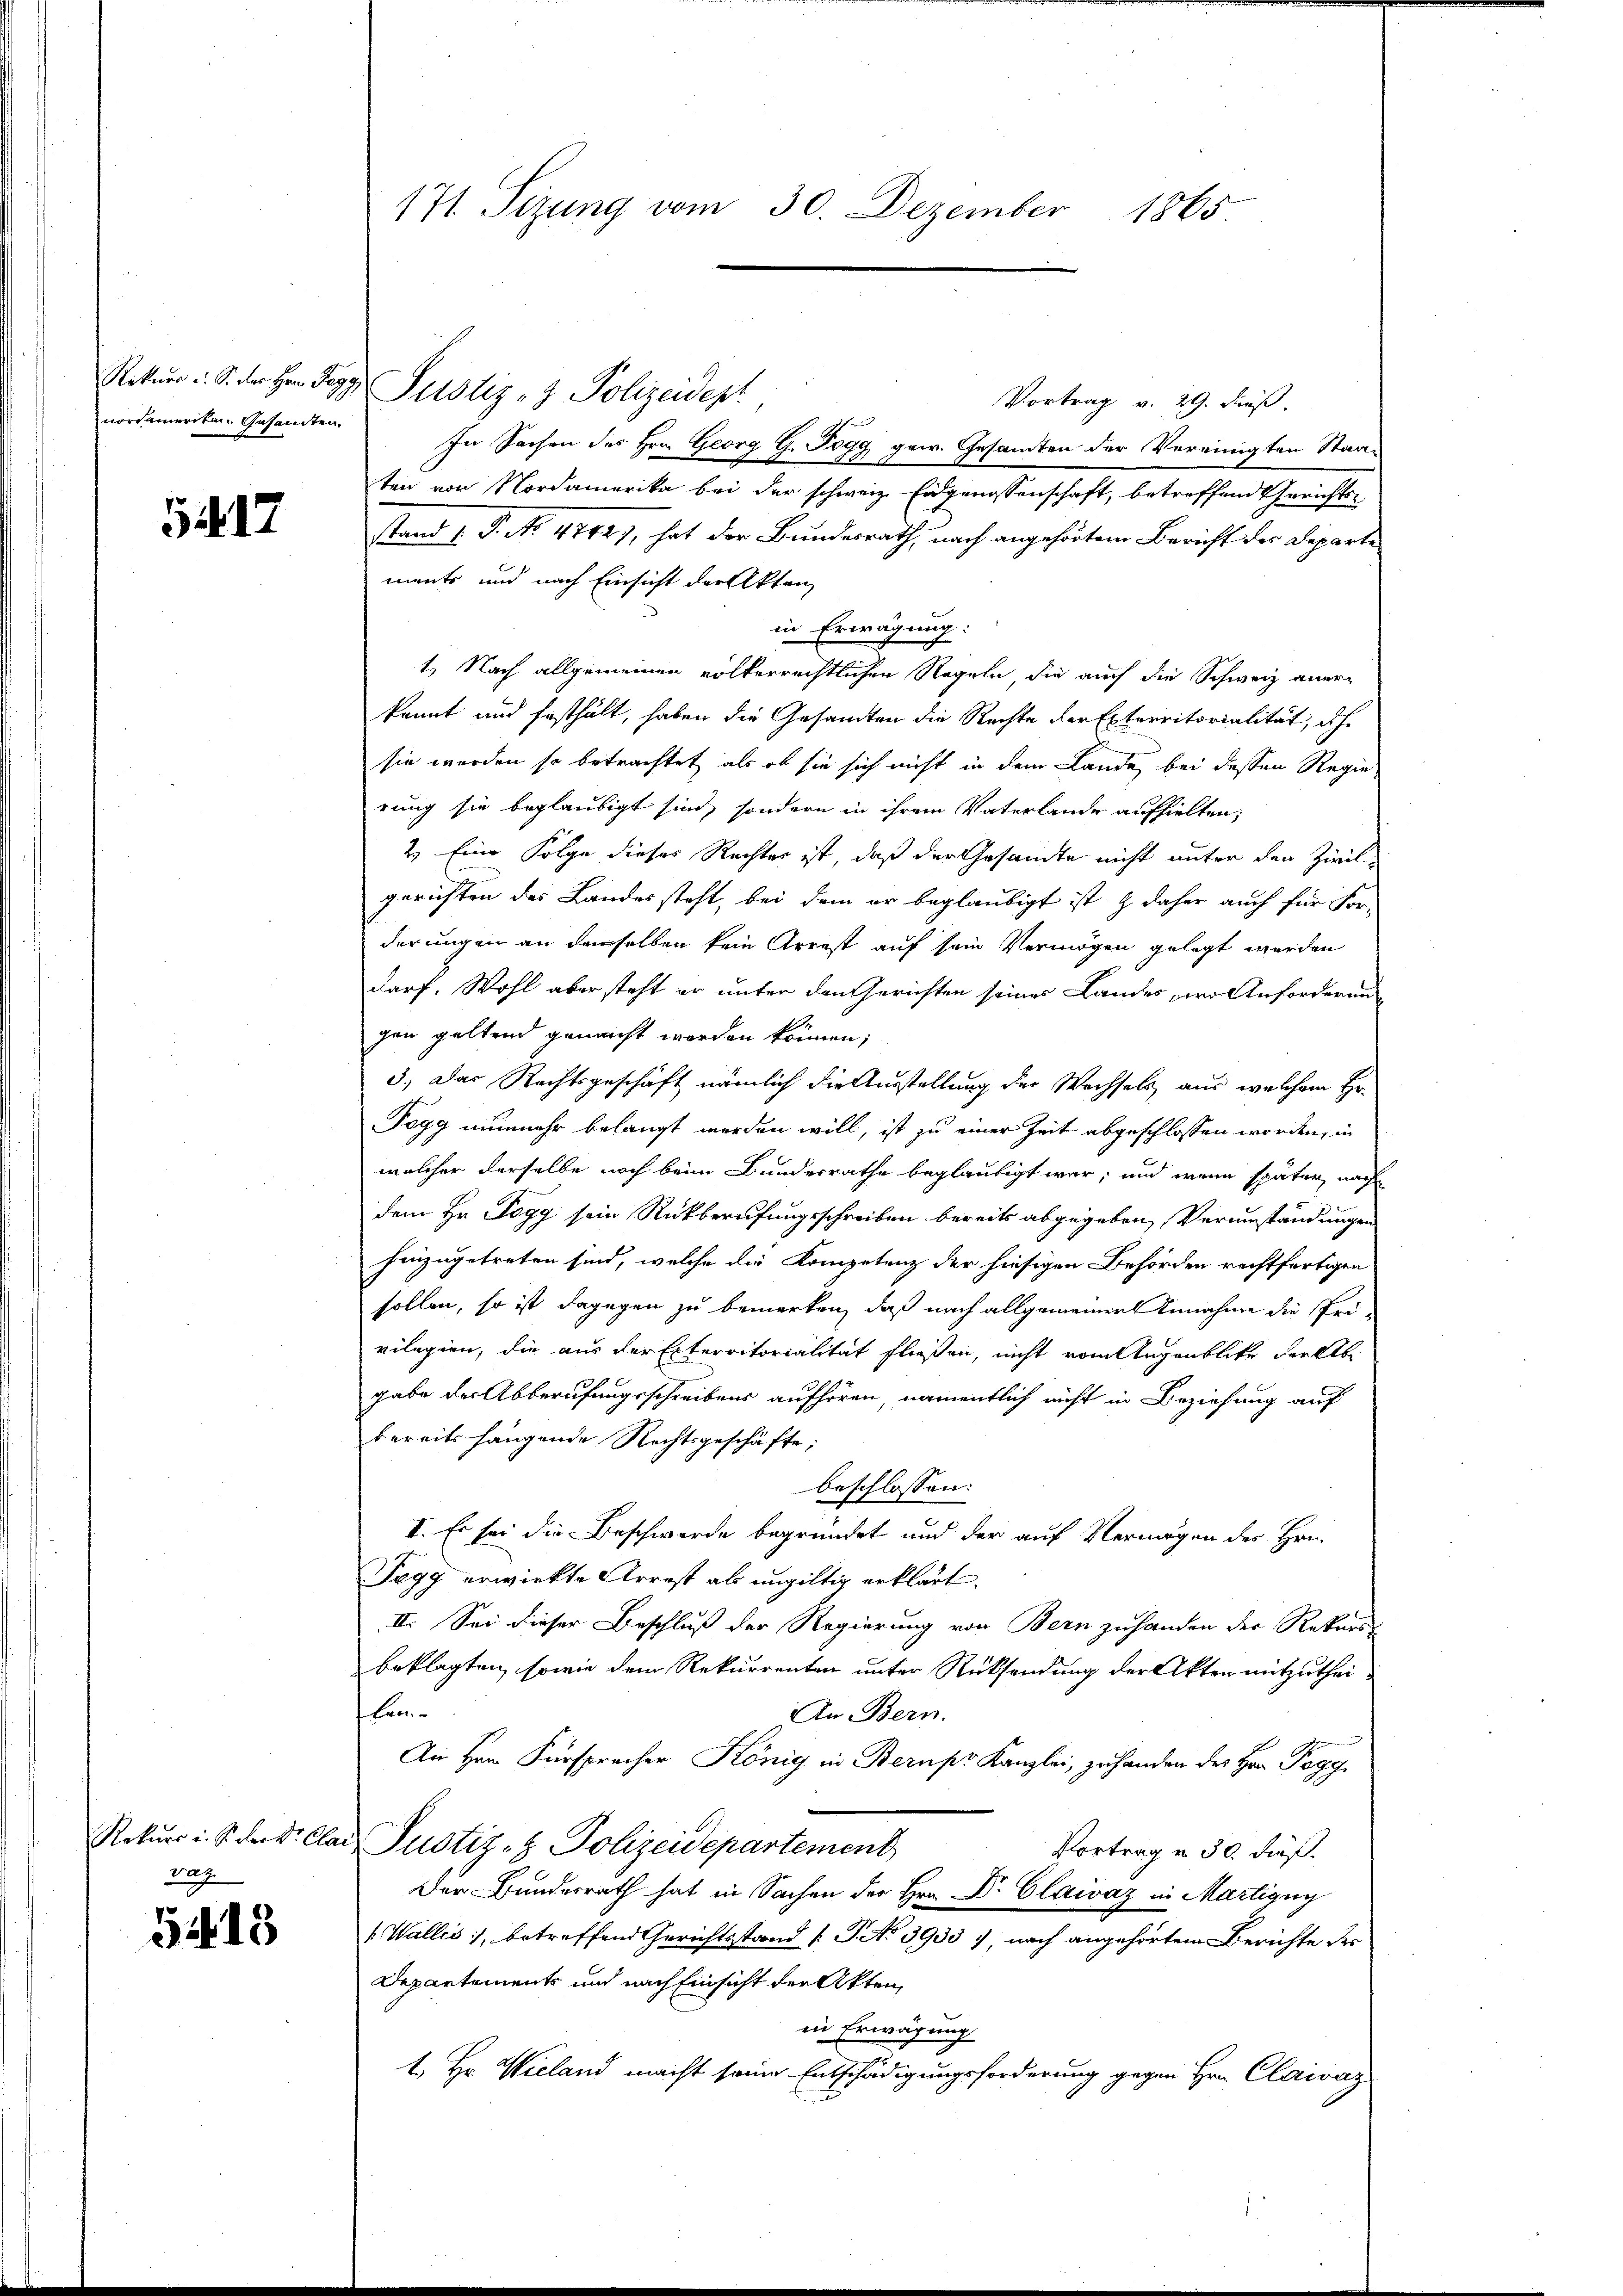
Rekurs u. S. der Herr Regg
norsameriten Gesamten.

5417

vaz

5415

Justiz- & Polizeidept
Vortrag v. 29. dieß.
In Sachen des Hrn. Georg G. Togg gew. Gesamten der Vereinigten Staa¬
A
ten von Nordamerika bei der schweiz. Eidgenossenschaft, betreffend Gerichts-
stand 1. P. No. 48847, hat der Bundesrath, nach angehörtem Bericht des Departe
ments und nach Einsicht der Akten
in Erwägung:
1. Nach allgemeinen volkerrechtlichen Regeln die auch die Schweiz anerkannt und festhält, haben die Gesandten die Rechte der Exterritorialität, dh.
sie werden so betrachtet, als ob sie sich nicht in dem Lande bei dessen Regierung sie beglaubigt sind, sondern in ihrem Vaterlande aufhielten,
2. Eine Folge dieses Rechtes ist, daß der Gesandte nicht unter den Zivilgerichten das Landessteht, bei dem er beglaubigt ist & daher auch für For-
derungen an demselben kein Arrest auf sein Vermögen gelegt werden
darf. Wohl aber steht er unter den Gerichten seines Landes, wo Anforderung
gen geltend gemacht werden können;
3.) Das Rechtsgeschäft nämlich die Ausstellung der Wechsels aus welchem Hr.
Pogg nunmehr belangt werden will, ist zu einer Zeit abgeschlossen worden, in
welcher derselbe noch beim Bunderrathe beglaubigt war, und wenn später nach
dem Hr. Pogg sein Rückberufungsschreiben bereits abgegeben, Verumständungen
hinzugetreten sind, welche die Kompetenz der hiesigen Behörden rechtfertigen
sollen, so ist dagegen zu bemerken, daß nach allgemeiner Annahme die speivilegien, die aus der Exterritorialität fließen, nicht vom Augenblicke Seeleb
gabe der Abberufungsschreibens aufhören, namentlich nicht in Beziehung auf
bereits hängende Rechtsgeschäfte;
beschlossen:
I. Es sei die Beschwerde begründet und der auf Vermögen des Hrn.
Tegg erwirkte Arrest als ungültig erklärt.
II. Sei dieser Beschluß der Regierung von Bern zuhanden der Rekurs-
beklagten, sowie dem Rekurrenten unter Rücksendung der Akten mitzutheilem
An Bern.
An Hrn. Fürsprecher König in Bernpr Kanzlei, zu handen des Hrn. Pegg
Rekurs i. S. dat. Clar Justiz- & Polizeidepartement
Vortrag u. 30. dieß.
Der Bundesrath hat in Sachen der Hrn. Dr. Claivaz in Martigny
(Wallis, betreffend Gerichtsstand (T. No 3933. nach angehörtem Berichte der
Departements und nach Einsicht der Akten,
in Erwägung
1. Hr. Wieland macht seine Entschädigungsforderung gegen Hrn. Clairaz

171 Sizung vom 30. Dezember 1865